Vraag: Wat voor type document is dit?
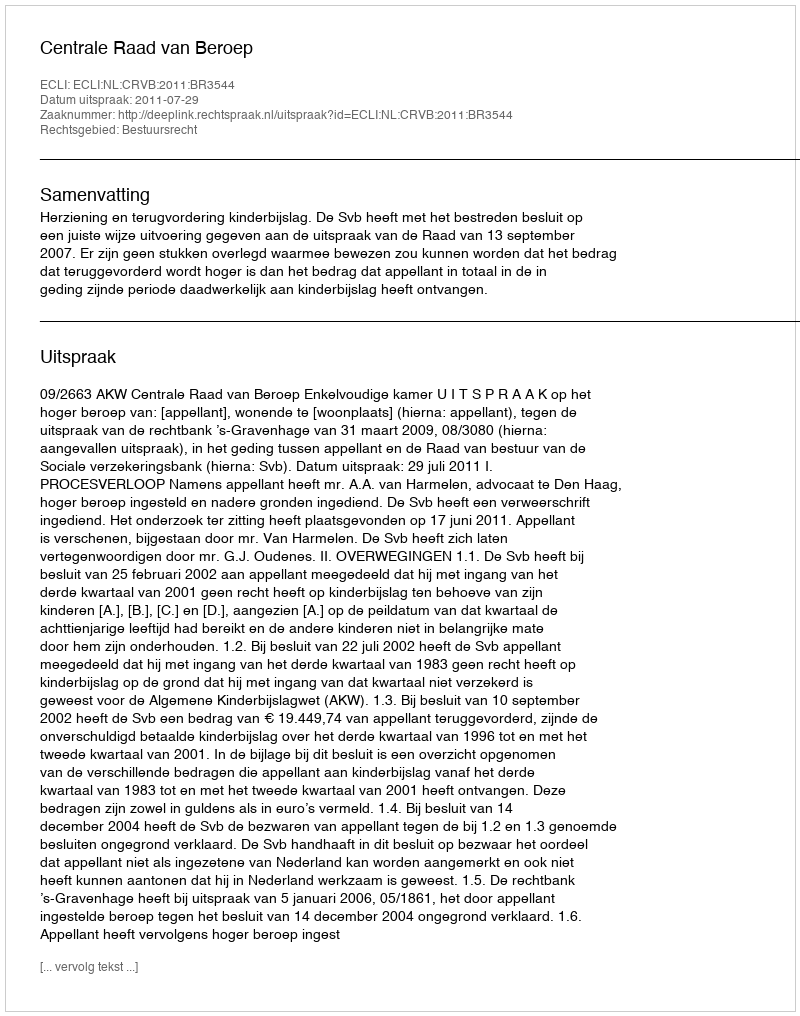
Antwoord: Uitspraak